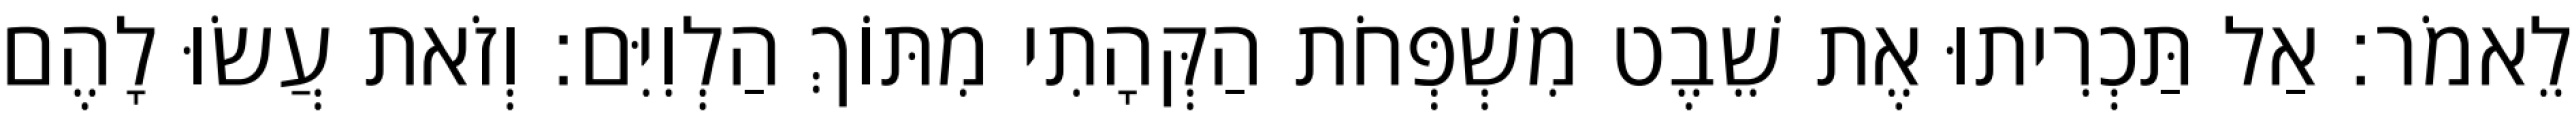
לֵאמֹר׃ אַל תַּכְרִיתוּ אֶת שֵׁבֶט מִשְׁפְּחֹת הַקְּהָתִי מִתּוֹךְ הַלְוִיִּם׃ וְזֹאת עֲשׂוּ לָהֶם